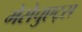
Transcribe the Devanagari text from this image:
मेसेचुएट्स